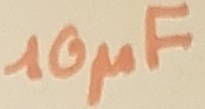
Text: 10µF